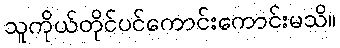
သူကိုယ်တိုင်ပင်ကောင်းကောင်းမသိ။